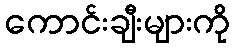
ကောင်းချီးများကို